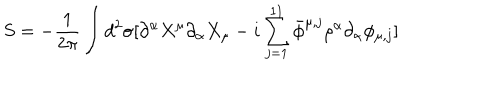
S = - \frac { 1 } { 2 \pi } \int d ^ { 2 } \sigma [ \partial ^ { \alpha } X ^ { \mu } \partial _ { \alpha } X _ { \mu } - i \sum _ { j = 1 } ^ { 1 1 } \bar { \phi } ^ { \mu , j } \rho ^ { \alpha } \partial _ { \alpha } \phi _ { \mu , j } ] \,